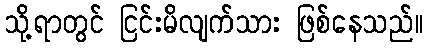
သို့ရာတွင် ငြင်းမိလျက်သား ဖြစ်နေသည်။